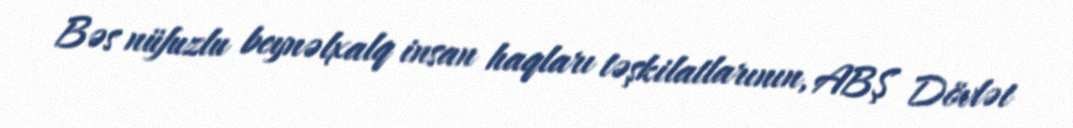
Bəs nüfuzlu beynəlxalq insan haqları təşkilatlarının, ABŞ Dövlət